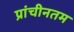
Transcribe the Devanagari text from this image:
प्रांचीनतम